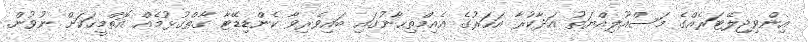
އިންވިޖިލޭޓަރެއްގެ މަސްއޫލިއްޔަތު އަދާކުރާ އަހަރުގެ އެއިމްތިޙާނުގައި ބައިވެރިވާ ކެންޑިޑޭޓާ ގާތްގުޅުމެއް އޮތްމީހަކަށް ނުވުން.